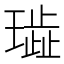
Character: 𰢐